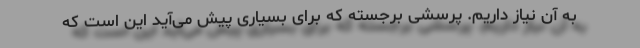
به آن نیاز داریم. پرسشی برجسته که برای بسیاری پیش می‌آید این است که